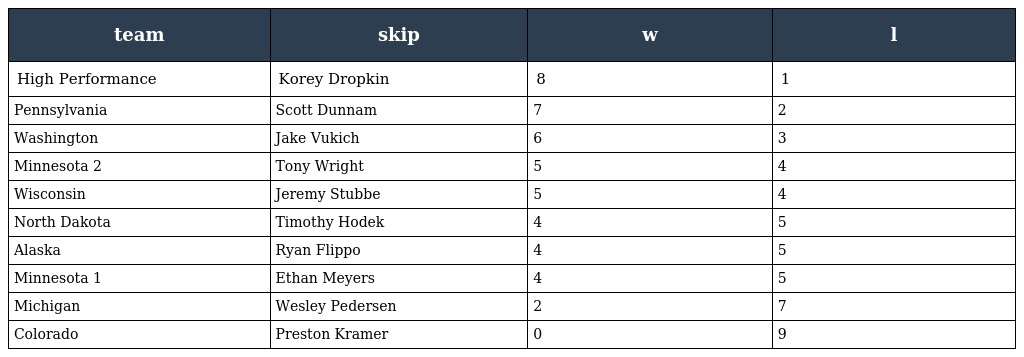
| team | skip | w | l |
 | --- | --- | --- | --- |
 | High Performance | Korey Dropkin | 8 | 1 |
 | Pennsylvania | Scott Dunnam | 7 | 2 |
 | Washington | Jake Vukich | 6 | 3 |
 | Minnesota 2 | Tony Wright | 5 | 4 |
 | Wisconsin | Jeremy Stubbe | 5 | 4 |
 | North Dakota | Timothy Hodek | 4 | 5 |
 | Alaska | Ryan Flippo | 4 | 5 |
 | Minnesota 1 | Ethan Meyers | 4 | 5 |
 | Michigan | Wesley Pedersen | 2 | 7 |
 | Colorado | Preston Kramer | 0 | 9 |